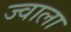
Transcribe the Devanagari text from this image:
ज्‍वाला